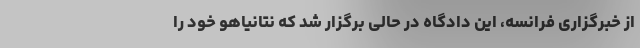
از خبرگزاری فرانسه، این دادگاه در حالی برگزار شد که نتانیاهو خود را